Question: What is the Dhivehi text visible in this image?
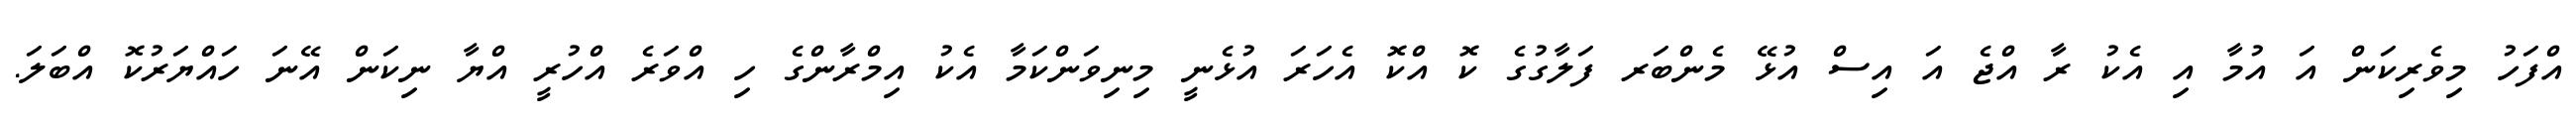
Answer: އްފަހު މިވެރިކަން އަ އުމާ އި އެކު ރާ އްޖެ އަ އިސް އުޅޭ މެންބަރ ފަލާގުގެ ކޮ އްކޮ އެހަރަ އުޅެނީ މިނިވަންކަމާ އެކު އިމްރާންގެ ހި އްވަރެ އްހުރީ އްޔާ ނިކަން އޭނަ ހައްޔަރުކޮ އްބަލަ.